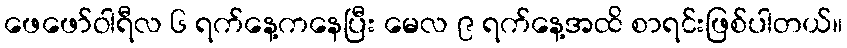
ဖေဖော်ဝါရီလ ၆ ရက်နေ့ကနေပြီး မေလ ၉ ရက်နေ့အထိ စာရင်းဖြစ်ပါတယ်။